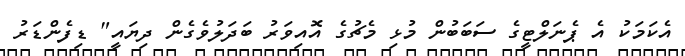
އެކަމަކު އެ ޕެނަލްޓީގެ ސަބަބުން މުޅި މެޗުގެ އޮއިވަރު ބަދަލުވެގެން ދިޔައީ" ޑިފެންޑަރު